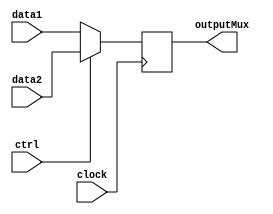
module MUX(clock, data1, data2, ctrl, outputMux);

    input [15:0]data1;
    input [15:0]data2;
    input ctrl;
    input clock;

    output reg [15:0]outputMux;

    always @ (posedge clock)begin
        if(ctrl == 0)begin
            outputMux = data1;
        end if(ctrl == 1)begin
            outputMux = data2;
        end
    end
endmodule